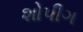
શોપીગ